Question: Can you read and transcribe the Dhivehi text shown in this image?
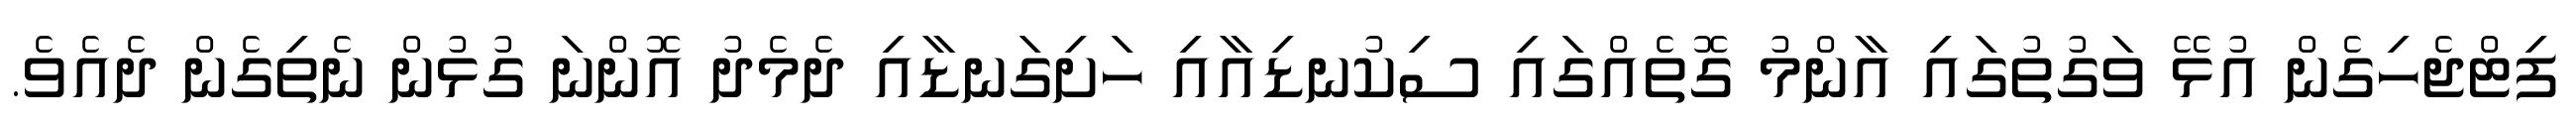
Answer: ފިޓްޖެހިގެން އުޅޭ ވަގުތުގައި އާންމު ގޮތެއްގައި ސިކުނޑިއާއި ހަށިގަނޑާއި ދެމެދު އޮންނަ ގުޅުން ނެތިގެން ދެއެވެ.